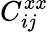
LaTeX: C_{ij}^{xx}